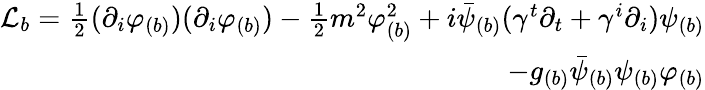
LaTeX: \begin{array}{r}{\mathcal{L}_{b}=\frac{1}{2}(\partial_{i}\varphi_{(b)})(\partial_{i}\varphi_{(b)})-\frac{1}{2}m^{2}\varphi_{(b)}^{2}+i\bar{\psi}_{(b)}(\gamma^{t}\partial_{t}+\gamma^{i}\partial_{i})\psi_{(b)}}\\ {-g_{(b)}\bar{\psi}_{(b)}\psi_{(b)}\varphi_{(b)}}\end{array}